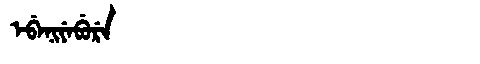
Manchu: ᡝᠪᡝᠨᡳᠶᡝᠪᡠᡵᡝ
Romanization: EBENIYEBURE